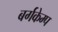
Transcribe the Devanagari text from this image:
बर्गकेम्प